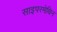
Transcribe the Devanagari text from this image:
साइपरमेथिन